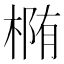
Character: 椭